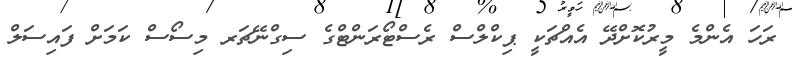
ރަހަ އެންމެ މީރުކޮށްދޭ އެއްޗަކީ ޕިކްލްސް ރެސްޓޯރަންޓްގެ ސިގްނޭޗަރ މިސޯސް ކަމަށް ފައިސަލް